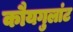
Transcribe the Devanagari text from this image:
कौयगुलांट